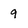
Character: 9